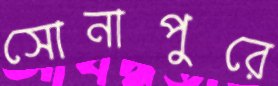
সোনাপুরে